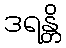
ဒရန္တိ